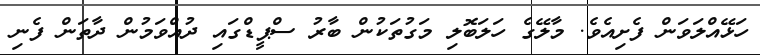
ހަޅޭއްލަވަން ފެށިއެވެ. މާލޭގެ ހަލަބޮލި މަގުތަކުން ބާރު ސްޕީޑްގައި ދުއްވަމުން ދާތަން ފެނި